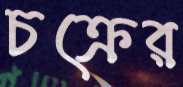
চক্রের